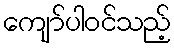
ကျော်ပါဝင်သည့်